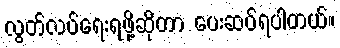
လွတ်လပ်ရေးရဖို့ဆိုတာ ပေးဆပ်ရပါတယ်။